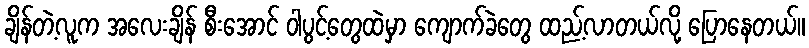
ချိန်တဲ့လူက အလေးချိန် စီးအောင် ဝါပွင့်တွေထဲမှာ ကျောက်ခဲတွေ ထည့်လာတယ်လို့ ပြောနေတယ်။